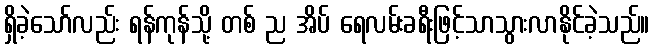
ရှိခဲ့သော်လည်း ရန်ကုန်သို့ တစ် ည အိပ် ရေလမ်းခရီးဖြင့်သာသွားလာနိုင်ခဲ့သည်။